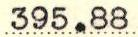
395.88